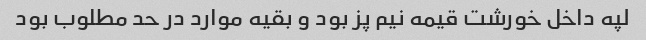
لپه داخل خورشت قیمه نیم پز بود و بقیه موارد در حد مطلوب بود